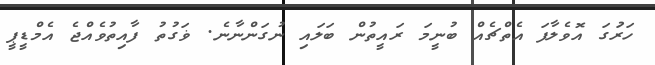
ހަރުަގަ އޮވެލާފަ އެތްޗެއް ބުނީމަ ރައީތުން ބަލައި ނުގަންނާނެ. ޥަގުތު ފާއިތުވެއްޖެ އެމްޑީޕީ